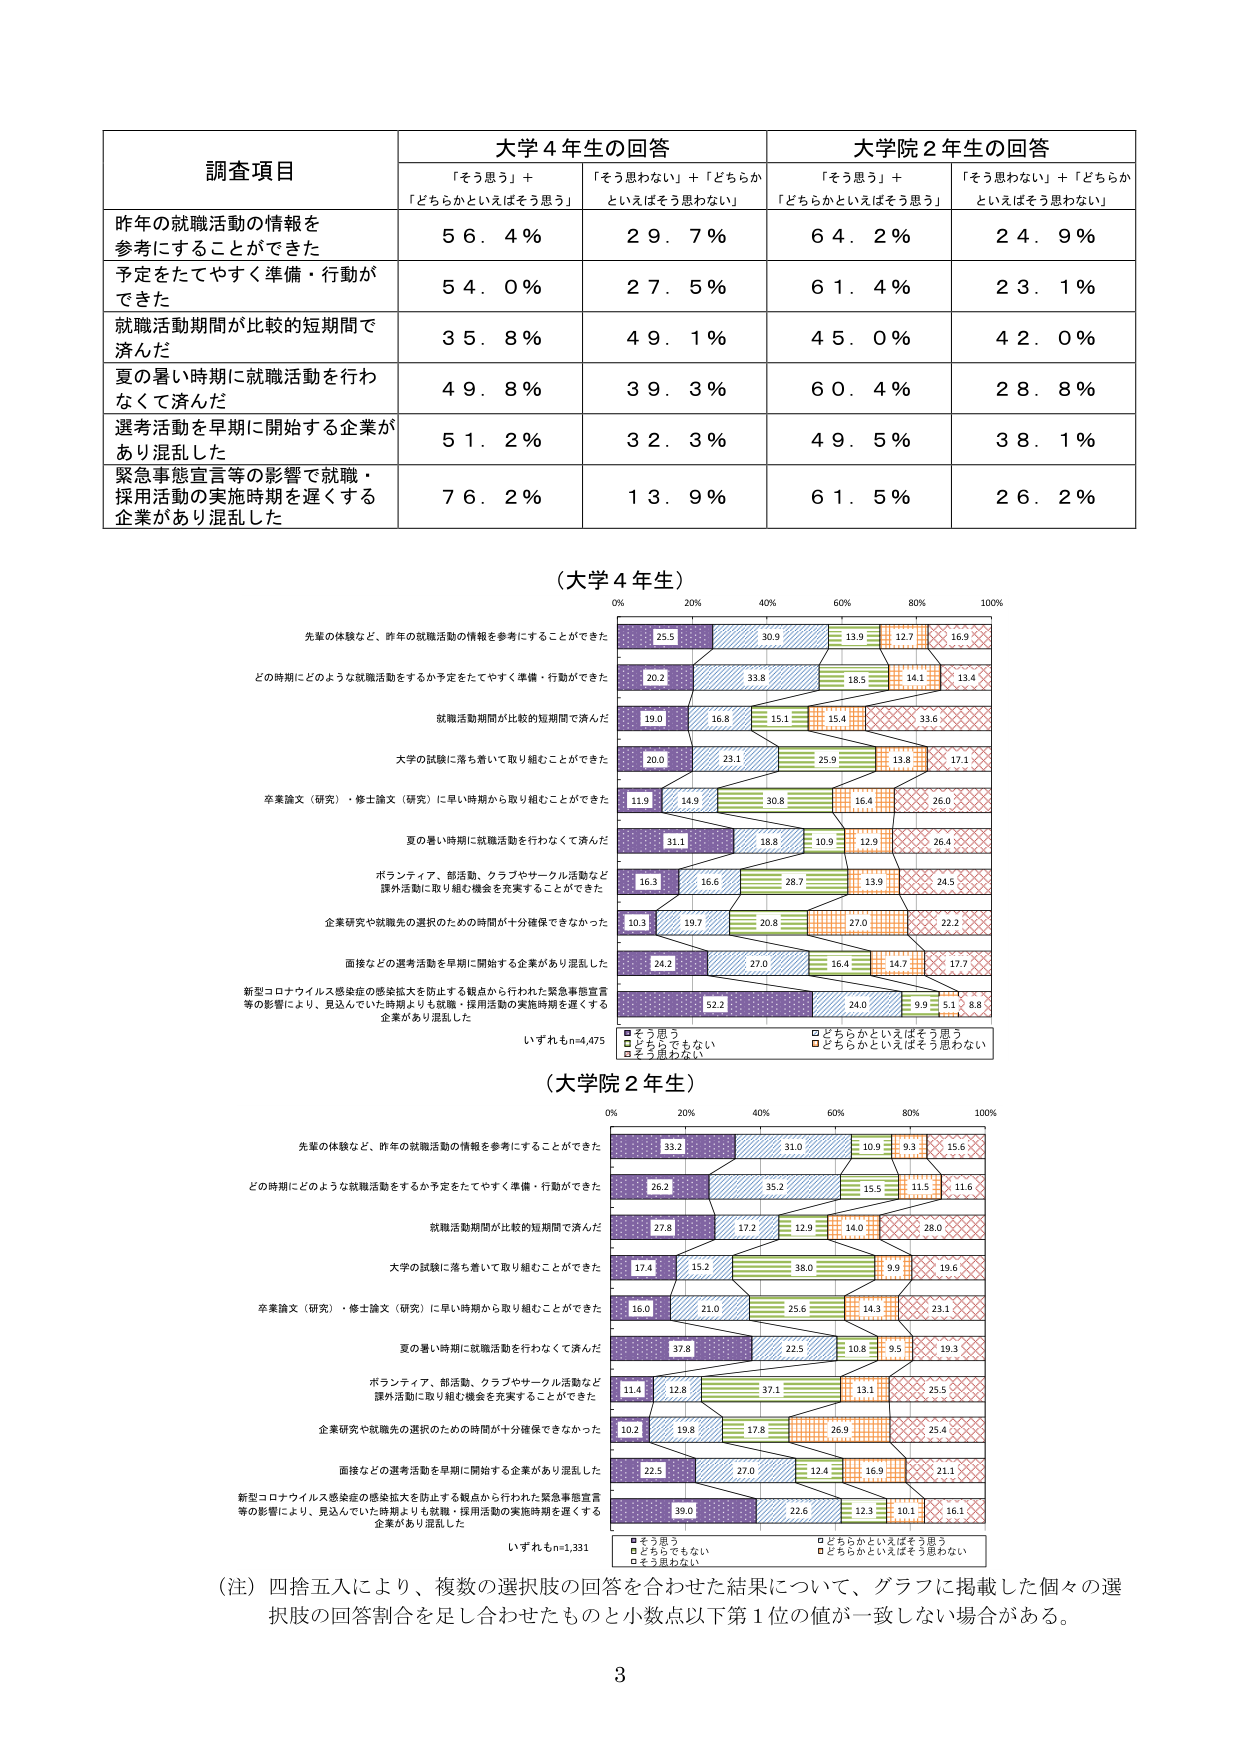
調査項目
大学4年生の回答
大学院2年生の回答
「そう思う」＋「どちらかといえばそう思う」
「そう思わない」＋「どちらかといえばそう思わない」
「そう思う」＋「どちらかといえばそう思う」
「そう思わない」＋「どちらかといえばそう思わない」
昨年の就職活動の情報を参考にすることができた
56.4%
29.7%
64.2%
24.9%
予定をたてやすく準備・行動ができた
54.0%
27.5%
61.4%
23.1%
就職活動期間が比較的短期間で済んだ
35.8%
49.1%
45.0%
42.0%
夏の暑い時期に就職活動を行わなくて済んだ
49.8%
39.3%
60.4%
28.8%
選考活動を早期に開始する企業があり混乱した
51.2%
32.3%
49.5%
38.1%
緊急事態宣言等の影響で就職・採用活動の実施時期を遅くする企業があり混乱した
76.2%
13.9%
61.5%
26.2%

（大学4年生）
0% 20% 40% 60% 80% 100%
先輩の体験など、昨年の就職活動の情報を参考にすることができた
25.5 30.9 13.0 12.7 15.9
どの時期にどのような就職活動をするか予定をたてやすく準備・行動ができた
20.2 33.8 18.5 14.1 13.4
就職活動期間が比較的短期間で済んだ
19.0 16.8 15.1 15.4 33.6
大学の試験に落ち着いて取り組むことができた
20.0 23.1 25.9 13.8 17.1
卒業論文（研究）・修士論文（研究）に早い時期から取り組むことができた
11.9 14.9 30.8 16.4 26.0
夏の暑い時期に就職活動を行わなくて済んだ
31.1 18.8 10.9 12.9 26.4
ボランティア、部活動、クラブやサークル活動など課外活動に取り組む機会を充実することができた
16.3 16.6 28.7 13.9 24.5
企業研究や就職先の選択のための時間が十分確保できなかった
10.3 19.7 20.8 27.0 22.2
面接などの選考活動を早期に開始する企業があり混乱した
24.2 27.0 16.4 14.7 17.7
新型コロナウイルス感染症の感染拡大を防止する観点から行われた緊急事態宣言等の影響により、見込んでいた時期よりも就職・採用活動の実施時期を遅くする企業があり混乱した
52.2 24.0 9.9 5.1 8.8
いずれもn=4,475
■そう思う
□どちらかといえばそう思う
□どちらでもない
□どちらかといえばそう思わない
□そう思わない

（大学院2年生）
0% 20% 40% 60% 80% 100%
先輩の体験など、昨年の就職活動の情報を参考にすることができた
33.2 31.0 10.9 9.3 15.6
どの時期にどのような就職活動をするか予定をたてやすく準備・行動ができた
26.2 35.2 15.5 11.5 11.6
就職活動期間が比較的短期間で済んだ
27.8 17.2 12.9 14.0 28.0
大学の試験に落ち着いて取り組むことができた
17.4 15.2 38.0 9.9 19.6
卒業論文（研究）・修士論文（研究）に早い時期から取り組むことができた
16.0 21.0 25.6 14.3 23.1
夏の暑い時期に就職活動を行わなくて済んだ
37.8 22.5 10.8 9.5 19.3
ボランティア、部活動、クラブやサークル活動など課外活動に取り組む機会を充実することができた
11.4 12.8 37.1 13.1 25.5
企業研究や就職先の選択のための時間が十分確保できなかった
10.2 19.8 17.8 26.9 25.4
面接などの選考活動を早期に開始する企業があり混乱した
22.5 27.0 12.4 16.9 21.1
新型コロナウイルス感染症の感染拡大を防止する観点から行われた緊急事態宣言等の影響により、見込んでいた時期よりも就職・採用活動の実施時期を遅くする企業があり混乱した
39.0 22.6 12.3 10.1 16.1
いずれもn=1,331
■そう思う
□どちらかといえばそう思う
□どちらでもない
□どちらかといえばそう思わない
□そう思わない

（注）四捨五入により、複数の選択肢の回答を合わせた結果について、グラフに掲載した個々の選択肢の回答割合を足し合わせたものと小数点以下第1位の値が一致しない場合がある。
3